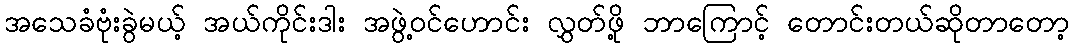
အသေခံဗုံးခွဲမယ့် အယ်ကိုင်းဒါး အဖွဲ့ဝင်ဟောင်း လွှတ်ဖို့ ဘာကြောင့် တောင်းတယ်ဆိုတာတော့